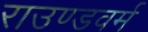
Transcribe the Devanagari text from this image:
राउण्डवर्म